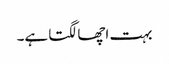
بہت اچھا لگتا ہے۔